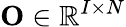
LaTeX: \mathbf{O}\in\mathbb{R}^{I\times N}